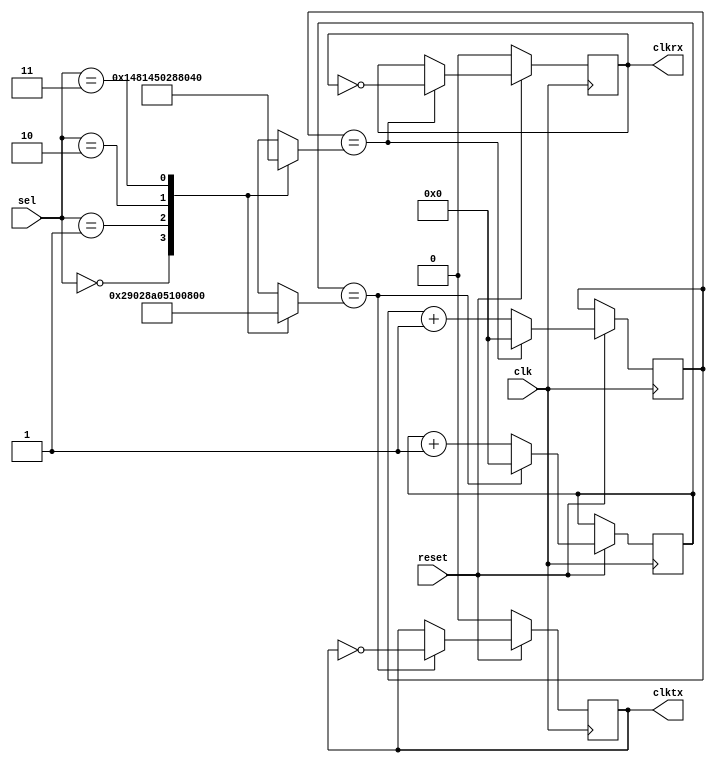
module UART_Baud(clkrx,clktx,clk,reset,sel);
 input [1:0]sel;
 input clk,reset;
 output reg clkrx=0;
 output reg clktx=0;
 reg[13:0]mr=14'd0;
 reg[13:0]mt=14'd0;
 reg[13:0]countrx=0;
 reg[13:0]counttx=0;

 always@(sel)
 begin
 case(sel)
 2'b00:begin
        mr=14'd82;
        mt=14'd2624;
       end   //38400Hz
 2'b01:begin
        mr=14'd325;
        mt=14'd10400;
       end  //9600Hz
 2'b10:begin
        mr=14'd162;
        mt=14'd5184;
       end  //19200Hz
 2'b11:begin
        mr=14'd64;
        mt=14'd2048;
       end  //48828Hz
 default:begin 
          mr=12'd325;
          mt=12'd10400;
         end
 endcase
 end

 always@(posedge clk)
 begin
  if (!reset)
  begin
  clkrx<=0;
  end
  else if(countrx==mr)
  begin
  countrx=0;
  clkrx<=~clkrx;
  end
  else
  begin
  countrx=countrx+1;
  clkrx<=clkrx;
  end
 end
 
 always@(posedge clk)
 begin
  if (!reset)
  begin
  clktx<=0;
  end
  else if(counttx==mt)
  begin
  counttx=0;
  clktx<=~clktx;
  end
  else
  begin
  counttx=counttx+1;
  clktx<=clktx;
  end
 end
 endmodule